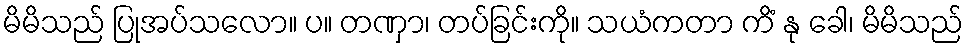
မိမိသည် ပြုအပ်သလော။ ပ။ တဏှာ၊ တပ်ခြင်းကို။ သယံကတာ ကိံ နု ခေါ၊ မိမိသည်